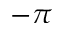
- \pi